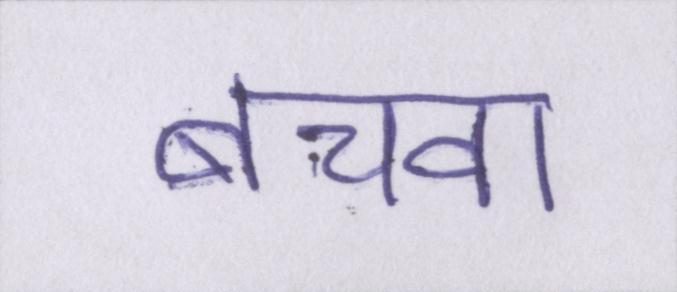
बचवा